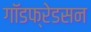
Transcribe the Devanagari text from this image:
गॉडफ्रेडसन